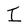
Character: I